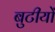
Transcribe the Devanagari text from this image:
बुटीयों